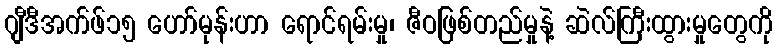
ဂျီဒီအက်ဖ်၁၅ ဟော်မုန်းဟာ ရောင်ရမ်းမှု၊ ဇီဝဖြစ်တည်မှုနဲ့ ဆဲလ်ကြီးထွားမှုတွေကို